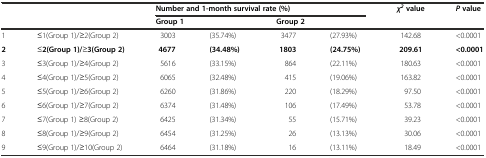
<table><thead><tr><td></td><td></td><td colspan="4"><b>Number and 1-month survival rate (%)</b></td><td><b><i>χ</i><sup><i>2</i></sup>value</b></td><td><b><i>P</i>value</b></td></tr><tr><td></td><td></td><td colspan="2"><b>Group 1</b></td><td colspan="2"><b>Group 2</b></td><td></td><td></td></tr></thead><tbody><tr><td>1</td><td>≤1(Group 1)/≥2(Group 2)</td><td>3003</td><td>(35.74%)</td><td>3477</td><td>(27.93%)</td><td>142.68</td><td>&lt;0.0001</td></tr><tr><td><b>2</b></td><td>≤<b>2(Group 1)/</b>≥<b>3(Group 2)</b></td><td><b>4677</b></td><td><b>(34.48%)</b></td><td><b>1803</b></td><td><b>(24.75%)</b></td><td><b>209.61</b></td><td><b>&lt;0.0001</b></td></tr><tr><td>3</td><td>≤3(Group 1)/≥4(Group 2)</td><td>5616</td><td>(33.15%)</td><td>864</td><td>(22.11%)</td><td>180.63</td><td>&lt;0.0001</td></tr><tr><td>4</td><td>≤4(Group 1)/≥5(Group 2)</td><td>6065</td><td>(32.48%)</td><td>415</td><td>(19.06%)</td><td>163.82</td><td>&lt;0.0001</td></tr><tr><td>5</td><td>≤5(Group 1)/≥6(Group 2)</td><td>6260</td><td>(31.86%)</td><td>220</td><td>(18.29%)</td><td>97.50</td><td>&lt;0.0001</td></tr><tr><td>6</td><td>≤6(Group 1)/≥7(Group 2)</td><td>6374</td><td>(31.48%)</td><td>106</td><td>(17.49%)</td><td>53.78</td><td>&lt;0.0001</td></tr><tr><td>7</td><td>≤7(Group 1) ≥8(Group 2)</td><td>6425</td><td>(31.34%)</td><td>55</td><td>(15.71%)</td><td>39.23</td><td>&lt;0.0001</td></tr><tr><td>8</td><td>≤8(Group 1)/≥9(Group 2)</td><td>6454</td><td>(31.25%)</td><td>26</td><td>(13.13%)</td><td>30.06</td><td>&lt;0.0001</td></tr><tr><td>9</td><td>≤9(Group 1)/≥10(Group 2)</td><td>6464</td><td>(31.18%)</td><td>16</td><td>(13.11%)</td><td>18.49</td><td>&lt;0.0001</td></tr></tbody></table>